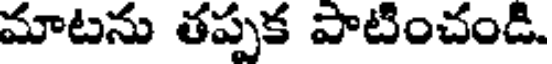
మాటను తప్పక పాటించండి.